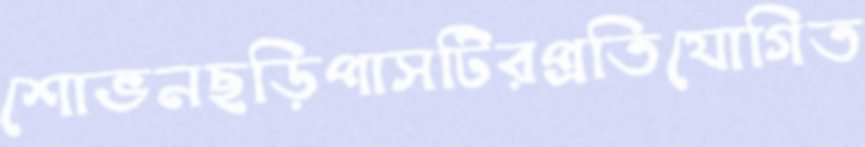
শোভনছড়িপাসটিরপ্রতিযোগিত